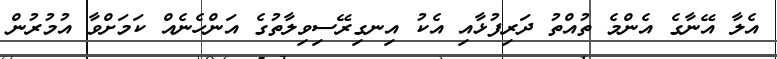
އެލާ އޭނާގެ އެންމެ ތުއްތު ދަރިފުޅާއި އެކު އިނގިރޭސިވިލާތުގެ އަންހެނެއް ކަމަށްވާ އުމުރުން